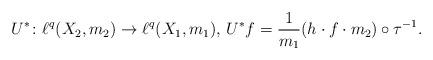
LaTeX: \begin{align*}U^\ast\colon\ell^q(X_2,m_2)\to \ell^q(X_1,m_1),\,U^\ast f=\frac 1{m_1}(h\cdot f\cdot m_2)\circ\tau^{-1}.\end{align*}